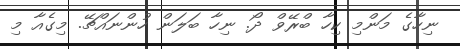
ނިހާގެ މަންމި ކިހާ ބްރޭވް ދޯ. ނިހާ ބަލަން ހުންނައްޗޭ. މިގެއާ މި